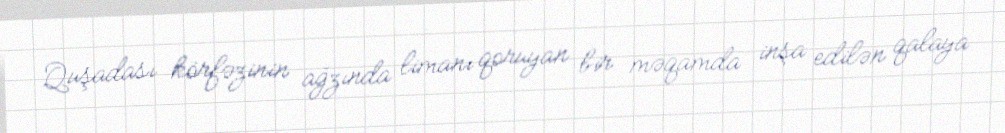
Quşadası körfəzinin ağzında limanı qoruyan bir məqamda inşa edilən qalaya